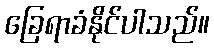
ခြေရာခံနိုင်ပါသည်။